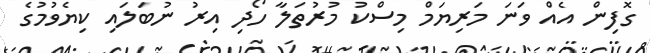
ގޮފިން އެއް ވަނަ މަރިޔަމް މިސްކު މުރުތަލާ ހޯދި އިރު ނުބަލައި ކިޔެވުމުގެ